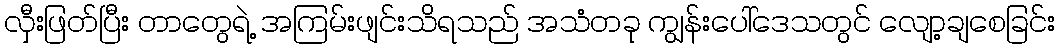
လှီးဖြတ်ပြီး တာတွေရဲ့ အကြမ်းဖျင်းသိရသည် အသံတခု ကျွန်းပေါ်ဒေသတွင် လျော့ချစေခြင်း